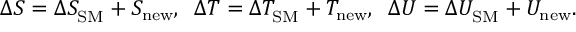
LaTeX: \Delta S = \Delta S _ { \mathrm { S M } } ^ { } + S _ { \mathrm { n e w } } ^ { } , \; \; \Delta T = \Delta T _ { \mathrm { S M } } ^ { } + T _ { \mathrm { n e w } } ^ { } , \; \; \Delta U = \Delta U _ { \mathrm { S M } } ^ { } + U _ { \mathrm { n e w } } ^ { } .